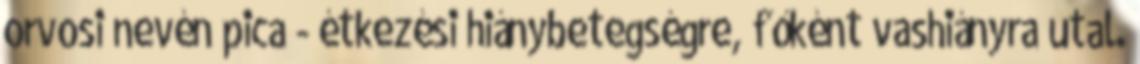
orvosi nevén pica - étkezési hiánybetegségre, főként vashiányra utal.